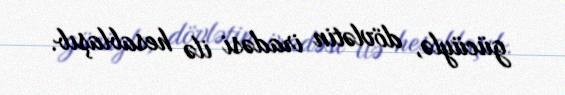
gücüylə, dövlətin iradəsi ilə hesablaşıb.